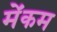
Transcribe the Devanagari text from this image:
मेंकम